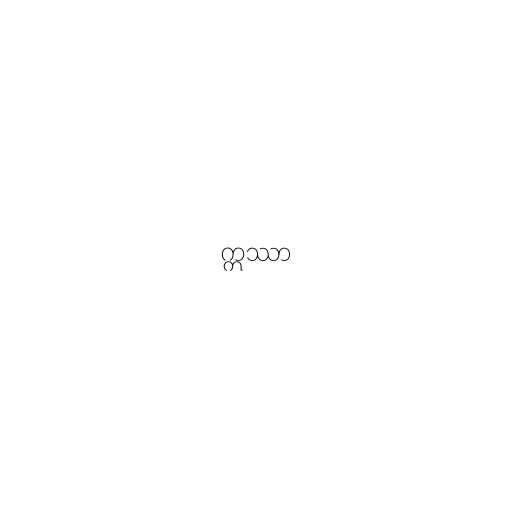
ဣဿာ